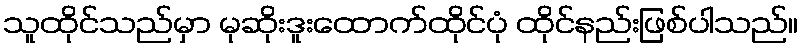
သူထိုင်သည်မှာ မုဆိုးဒူးထောက်ထိုင်ပုံ ထိုင်နည်းဖြစ်ပါသည်။